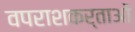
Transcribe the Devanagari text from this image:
वपराशकर्ताओं